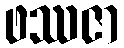
ဖဿဇာ